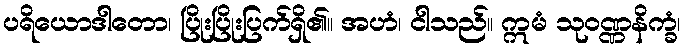
ပရိယောဒါတော၊ ပြိုးပြိုးပြက်ရှိ၏။ အဟံ၊ ငါသည်။ ဣမံ သုဝဏ္ဏနိက္ခံ၊